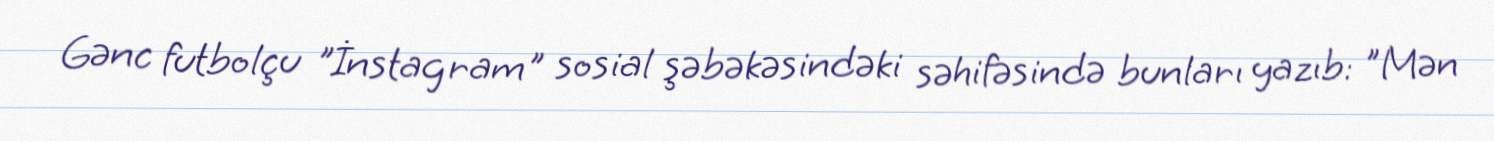
Gənc futbolçu "İnstagram" sosial şəbəkəsindəki səhifəsində bunları yazıb: "Mən